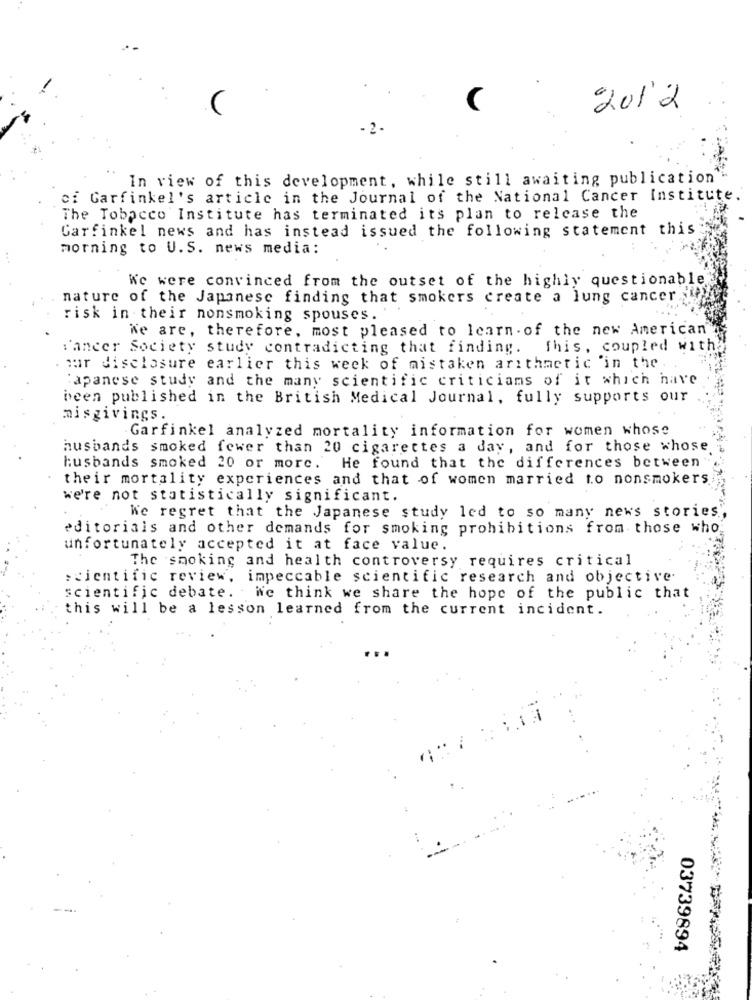
201 2
- 2 .
In view of this development, while still awaiting publication"
ci Garfinkel's article in the Journal of the National Cancer Institute.
The Tobacco Institute has terminated its plan to release the
Garfinkel news and has instead issued the following statement this
morning to U. S. news media:
We were convinced from the outset of the highly questionable
nature of the Japanese finding that smokers create a lung cancer ;)
risk in their nonsmoking spouses.
We are, therefore, most pleased to learn. of the new American"
:'ancer Society study contradicting that finding. This, coupled with
mor disclosure earlier this week of mistaken arithmetic 'in the .
japanese study and the many scientific criticiams of it which have
been published in the British Medical Journal, fully supports our
misgivings.
Garfinkel analyzed mortality information for women whose
husbands smoked fewer than 20 cigarettes a day, and for those whose
husbands smoked 20 or more. He found that the differences between
their mortality experiences and that of women married to nonsmokers
we're not statistically significant.
We regret that the Japanese study led to so many news stories"
editorials and other demands for smoking prohibitions from those who
unfortunately accepted it at face value.
The smoking and health controversy requires critical
scientific review, impeccable scientific research and objective.
scientific debate. . We think we share the hope of the public that
this will be a lesson learned from the current incident.
03739894